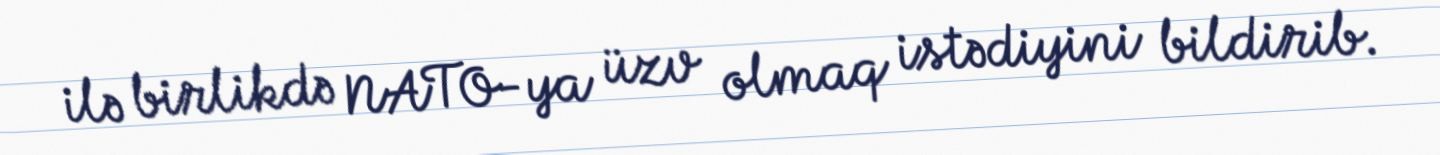
ilə birlikdə NATO-ya üzv olmaq istədiyini bildirib.